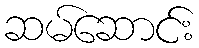
ဆမ်ဆောင်း